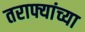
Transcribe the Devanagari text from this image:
तराफ्यांच्या